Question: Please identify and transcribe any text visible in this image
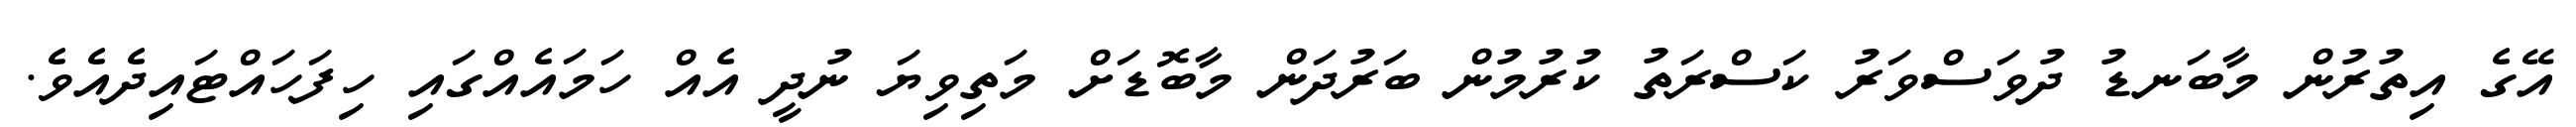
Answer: އޭގެ އިތުރުން މާބަނޑު ދުވަސްވަރު ކަސްރަތު ކުރުމުން ބަރުދަން މާބޮޑަށް މަތިވިޔަ ނުދީ އެއް ހަމައެއްގައި ހިފަހައްޓައިދެއެވެ.